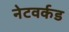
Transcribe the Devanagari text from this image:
नेटवर्कड